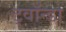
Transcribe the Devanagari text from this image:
ट्वॉन्डा